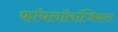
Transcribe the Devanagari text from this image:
फॉयलॉलॉजिकल